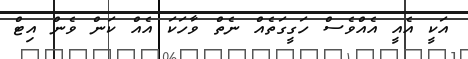
އަކީ އެއީ އެއްވެސް ހަގީގަތެއް ނެތް ވާހަކަ އެއް ކަން ވެން އިޓް